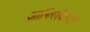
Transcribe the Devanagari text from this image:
आभिरुचिरखने